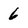
Character: 6